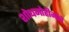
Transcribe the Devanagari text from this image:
शोधमोहीमांचे